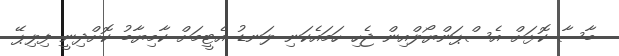
ބާސާ ކޮޅަށް އެސްޕަންޔޯލްއިން ޖެހި ހަމައެކަނި ލަނޑު އެޓީމަށް ކާމިޔާބު ކޮށްދިނީ ފިލިޕޭ